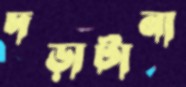
দড়াটানা